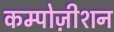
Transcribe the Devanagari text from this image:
कम्पोज़ीशन